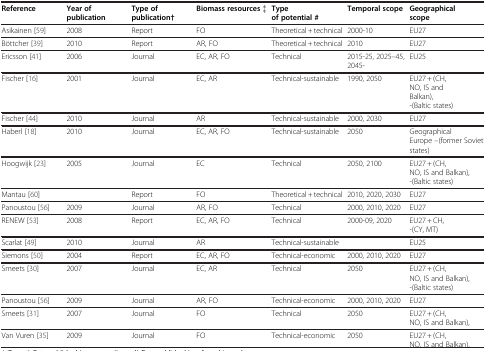
<table><thead><tr><td><b>Reference</b></td><td><b>Year of publication</b></td><td><b>Type of publication†</b></td><td><b>Biomass resources ‡</b></td><td><b>Type of potential #</b></td><td><b>Temporal scope</b></td><td><b>Geographical scope</b></td></tr></thead><tbody><tr><td>Asikainen [59]</td><td>2008</td><td>Report</td><td>FO</td><td>Theoretical + technical</td><td>2000-10</td><td>EU27</td></tr><tr><td>Böttcher [39]</td><td>2010</td><td>Report</td><td>AR, FO</td><td>Theoretical + technical</td><td>2010</td><td>EU27</td></tr><tr><td>Ericsson [41]</td><td>2006</td><td>Journal</td><td>EC, AR, FO</td><td>Technical</td><td>2015-25, 2025–45, 2045-</td><td>EU25</td></tr><tr><td>Fischer [16]</td><td>2001</td><td>Journal</td><td>EC, AR</td><td>Technical-sustainable</td><td>1990, 2050</td><td>EU27 + (CH, NO, IS and Balkan), -(Baltic states)</td></tr><tr><td>Fischer [44]</td><td>2010</td><td>Journal</td><td>AR</td><td>Technical-sustainable</td><td>2000, 2030</td><td>EU27</td></tr><tr><td>Haberl [18]</td><td>2010</td><td>Journal</td><td>EC, AR, FO</td><td>Technical-sustainable</td><td>2050</td><td>Geographical Europe –(former Soviet states)</td></tr><tr><td>Hoogwijk [23]</td><td>2005</td><td>Journal</td><td>EC</td><td>Technical</td><td>2050, 2100</td><td>EU27 + (CH, NO, IS and Balkan), -(Baltic states)</td></tr><tr><td>Mantau [60]</td><td> </td><td>Report</td><td>FO</td><td>Theoretical + technical</td><td>2010, 2020, 2030</td><td>EU27</td></tr><tr><td>Panoustou [56]</td><td>2009</td><td>Journal</td><td>AR, FO</td><td>Technical</td><td>2000, 2010, 2020</td><td>EU27</td></tr><tr><td>RENEW [53]</td><td>2008</td><td>Report</td><td>EC, AR, FO</td><td>Technical</td><td>2000-09, 2020</td><td>EU27 + CH, -(CY, MT)</td></tr><tr><td>Scarlat [49]</td><td>2010</td><td>Journal</td><td>AR</td><td>Technical-sustainable</td><td> </td><td>EU25</td></tr><tr><td>Siemons [50]</td><td>2004</td><td>Report</td><td>EC, AR, FO</td><td>Technical-economic</td><td>2000, 2010, 2020</td><td>EU27</td></tr><tr><td>Smeets [30]</td><td>2007</td><td>Journal</td><td>EC, AR</td><td>Technical</td><td>2050</td><td>EU27 + (CH, NO, IS and Balkan), -(Baltic states)</td></tr><tr><td>Panoustou [56]</td><td>2009</td><td>Journal</td><td>AR, FO</td><td>Technical-economic</td><td>2000, 2010, 2020</td><td>EU27</td></tr><tr><td>Smeets [31]</td><td>2007</td><td>Journal</td><td>FO</td><td>Technical</td><td>2050</td><td>EU27 + (CH, NO, IS and Balkan),</td></tr><tr><td>Van Vuren [35]</td><td>2009</td><td>Journal</td><td>FO</td><td>Technical-economic</td><td>2050</td><td>EU27 + (CH, NO, IS and Balkan),</td></tr></tbody></table>